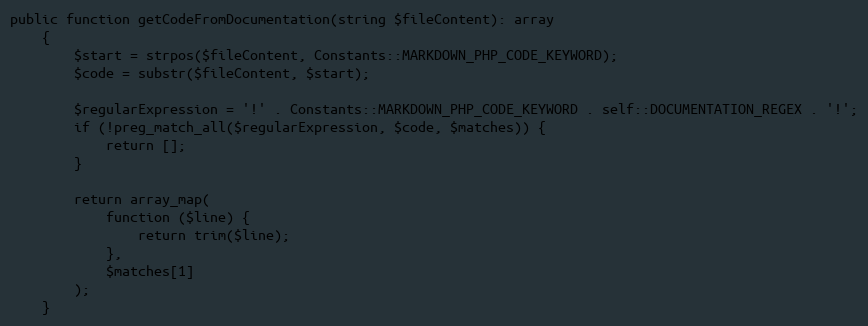
Language: PHP
public function getCodeFromDocumentation(string $fileContent): array
    {
        $start = strpos($fileContent, Constants::MARKDOWN_PHP_CODE_KEYWORD);
        $code = substr($fileContent, $start);

        $regularExpression = '!' . Constants::MARKDOWN_PHP_CODE_KEYWORD . self::DOCUMENTATION_REGEX . '!';
        if (!preg_match_all($regularExpression, $code, $matches)) {
            return [];
        }

        return array_map(
            function ($line) {
                return trim($line);
            },
            $matches[1]
        );
    }